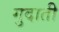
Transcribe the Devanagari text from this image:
गुदाती